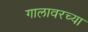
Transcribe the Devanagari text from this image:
गालावरच्या